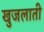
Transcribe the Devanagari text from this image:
खुजलाती